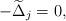
LaTeX: \begin{align*}-\widetilde{\Delta}_j=0,\end{align*}